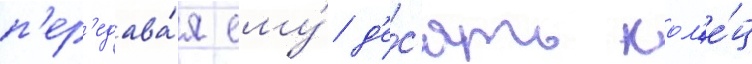
п'ер'едава́я ему́ д'е́с'ять кол'е́ц